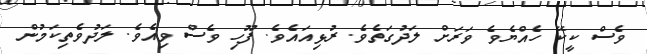
ވެސް ކީކޭ ހެއްޔެވެ ވަރަށް ލަދުގަތެވެ. ރުޅިއައެވެ. ފޫހި ވެސް ވިއެވެ. ލަދުވެތިކަމުން